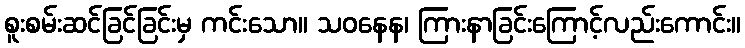
စူးစမ်းဆင်ခြင်ခြင်းမှ ကင်းသော။ သဝနေန၊ ကြားနာခြင်းကြောင့်လည်းကောင်း။